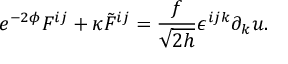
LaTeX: e ^ { - 2 \phi } F ^ { i j } + \kappa { \tilde { F } } ^ { i j } = \frac { f } { \sqrt { 2 h } } \epsilon ^ { i j k } \partial _ { k } u .